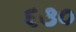
૬૩૦